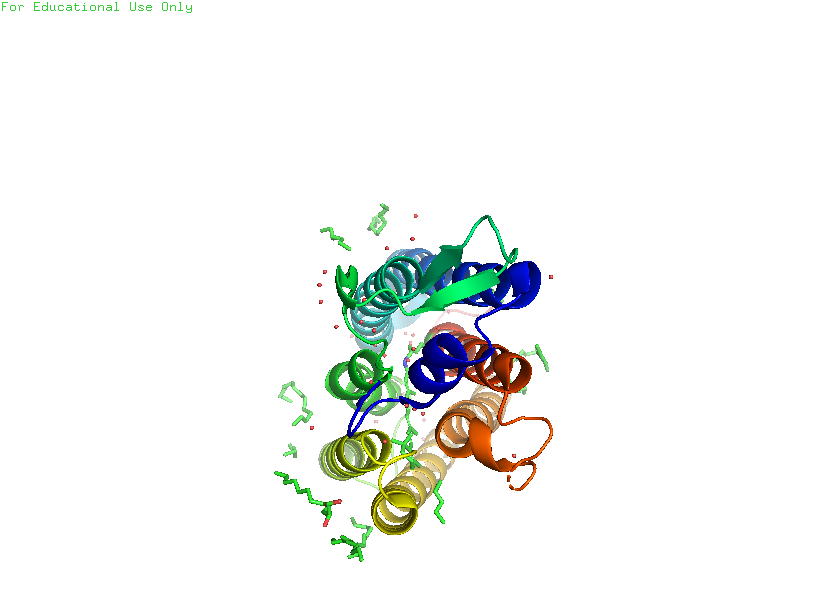
pymol, preset, pretty_solv